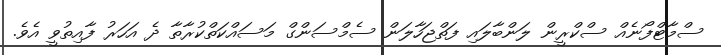
ސްމާޓްފޯނެއް ސްކްރީން ލަންބާލައި ފަތްޖަހާލަން ސެމްސަންގް މަސައްކަތްކުރާތާ ދެ އަހަރު ފާއިތުވީ އެވެ.